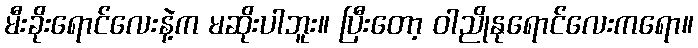
မီးခိုးရောင်လေးနဲ့က မဆိုးပါဘူး။ ပြီးတော့ ဝါညိုနုရောင်လေးကရော။